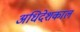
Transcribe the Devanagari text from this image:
अधिदेशकाल